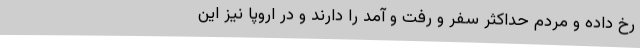
رخ داده و مردم حداکثر سفر و رفت و آمد را دارند و در اروپا نیز این